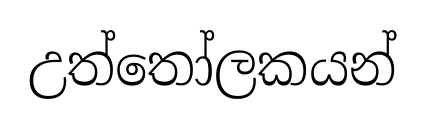
උත්තෝලකයන්